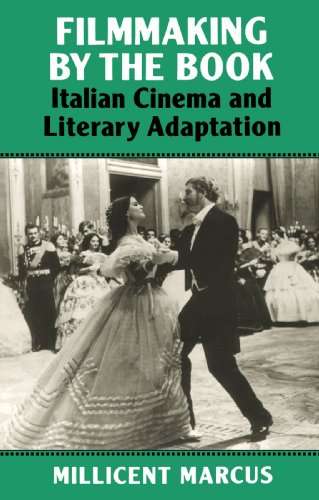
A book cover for Filmmaking by the Book: Italian Cinema and Literary Adaptation; Millicent Marcus; Humor & Entertainment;